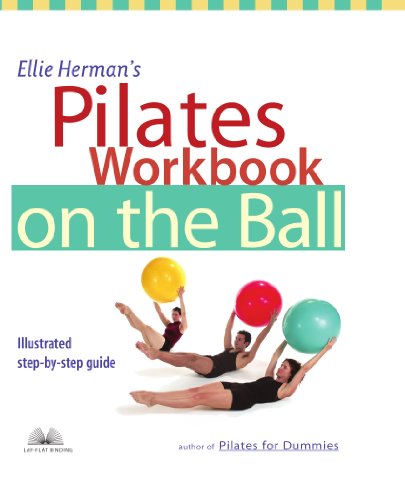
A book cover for Ellie Herman's Pilates Workbook on the Ball: Illustrated Step-by-Step Guide; Ellie Herman; Health, Fitness & Dieting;